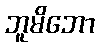
ဘူမိဘော